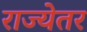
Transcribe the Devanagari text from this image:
राज्येतर